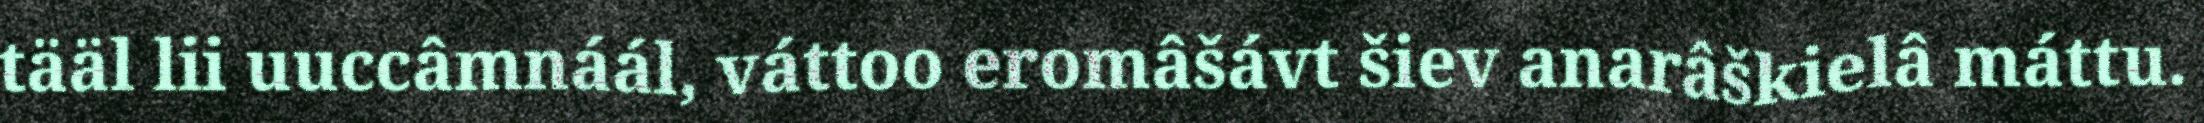
tääl lii uuccâmnáál, váttoo eromâšávt šiev anarâškielâ máttu.